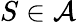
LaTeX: S\in{\mathcal{A}}